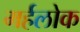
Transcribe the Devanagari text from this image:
मर्हलोक